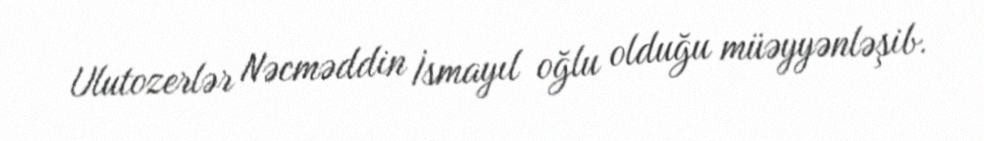
Ulutozerlər Nəcməddin İsmayıl oğlu olduğu müəyyənləşib.